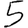
Digit: 5